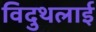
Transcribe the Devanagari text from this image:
विदुथलाई